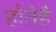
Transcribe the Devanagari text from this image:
होतेहै